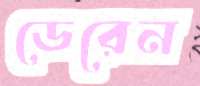
ডেরেন